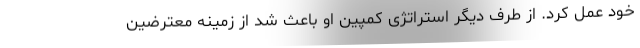
خود عمل کرد. از طرف دیگر استراتژی کمپین او باعث شد از زمینه معترضین